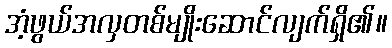
အံ့ဖွယ်အလှတစ်မျိုးဆောင်လျက်ရှိ၏။